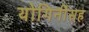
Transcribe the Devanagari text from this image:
योगिनींसह